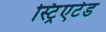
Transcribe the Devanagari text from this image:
स्ट्रिएटेड